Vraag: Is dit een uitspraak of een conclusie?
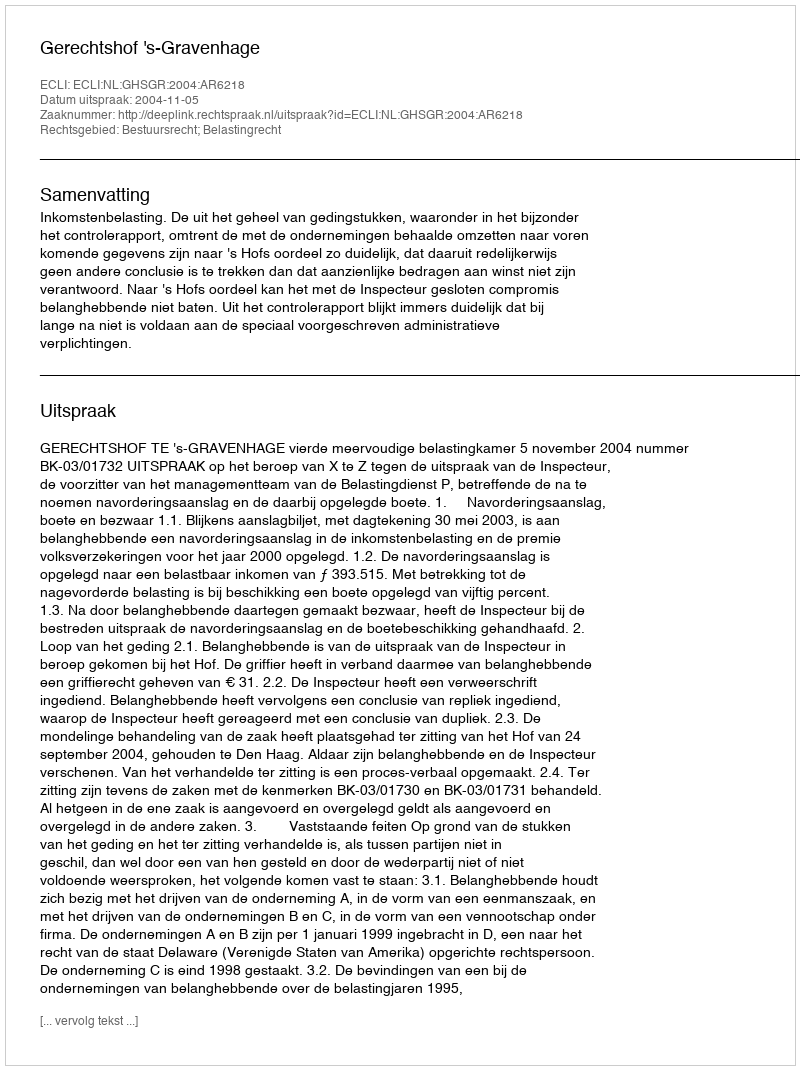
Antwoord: Uitspraak